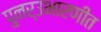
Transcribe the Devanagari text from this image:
पुनर्उभारणीत